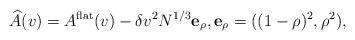
LaTeX: \begin{align*}\widehat A(v)=A^{\rm flat}(v)-\delta v^2 N^{1/3} \mathbf{e}_\rho,\mathbf{e}_\rho=((1-\rho)^2,\rho^2),\end{align*}